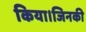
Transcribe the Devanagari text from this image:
किया।जिनकी